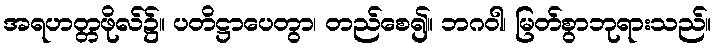
အရဟတ္တဖိုလ်၌။ ပတိဋ္ဌာပေတွာ၊ တည်စေ၍။ ဘဂဝါ၊ မြတ်စွာဘုရားသည်။